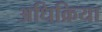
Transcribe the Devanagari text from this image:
अधिक्रिया